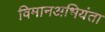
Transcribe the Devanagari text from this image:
विमानअभियंता